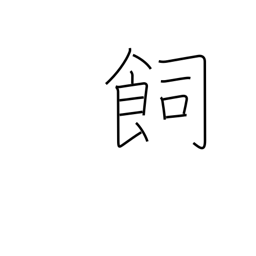
Meaning: feed